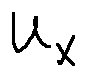
u _ { x }